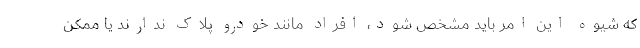
که شیوه این امر باید مشخص شود، افراد مانند خودرو پلاک ندارند یا ممکن